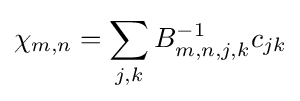
\chi _{m,n}=\sum _{j,k}B_{m,n,j,k}^{-1}c_{jk}